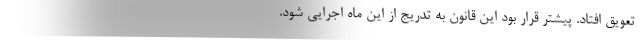
تعویق افتاد. پیشتر قرار بود این قانون به تدریج از این ماه اجرایی شود.